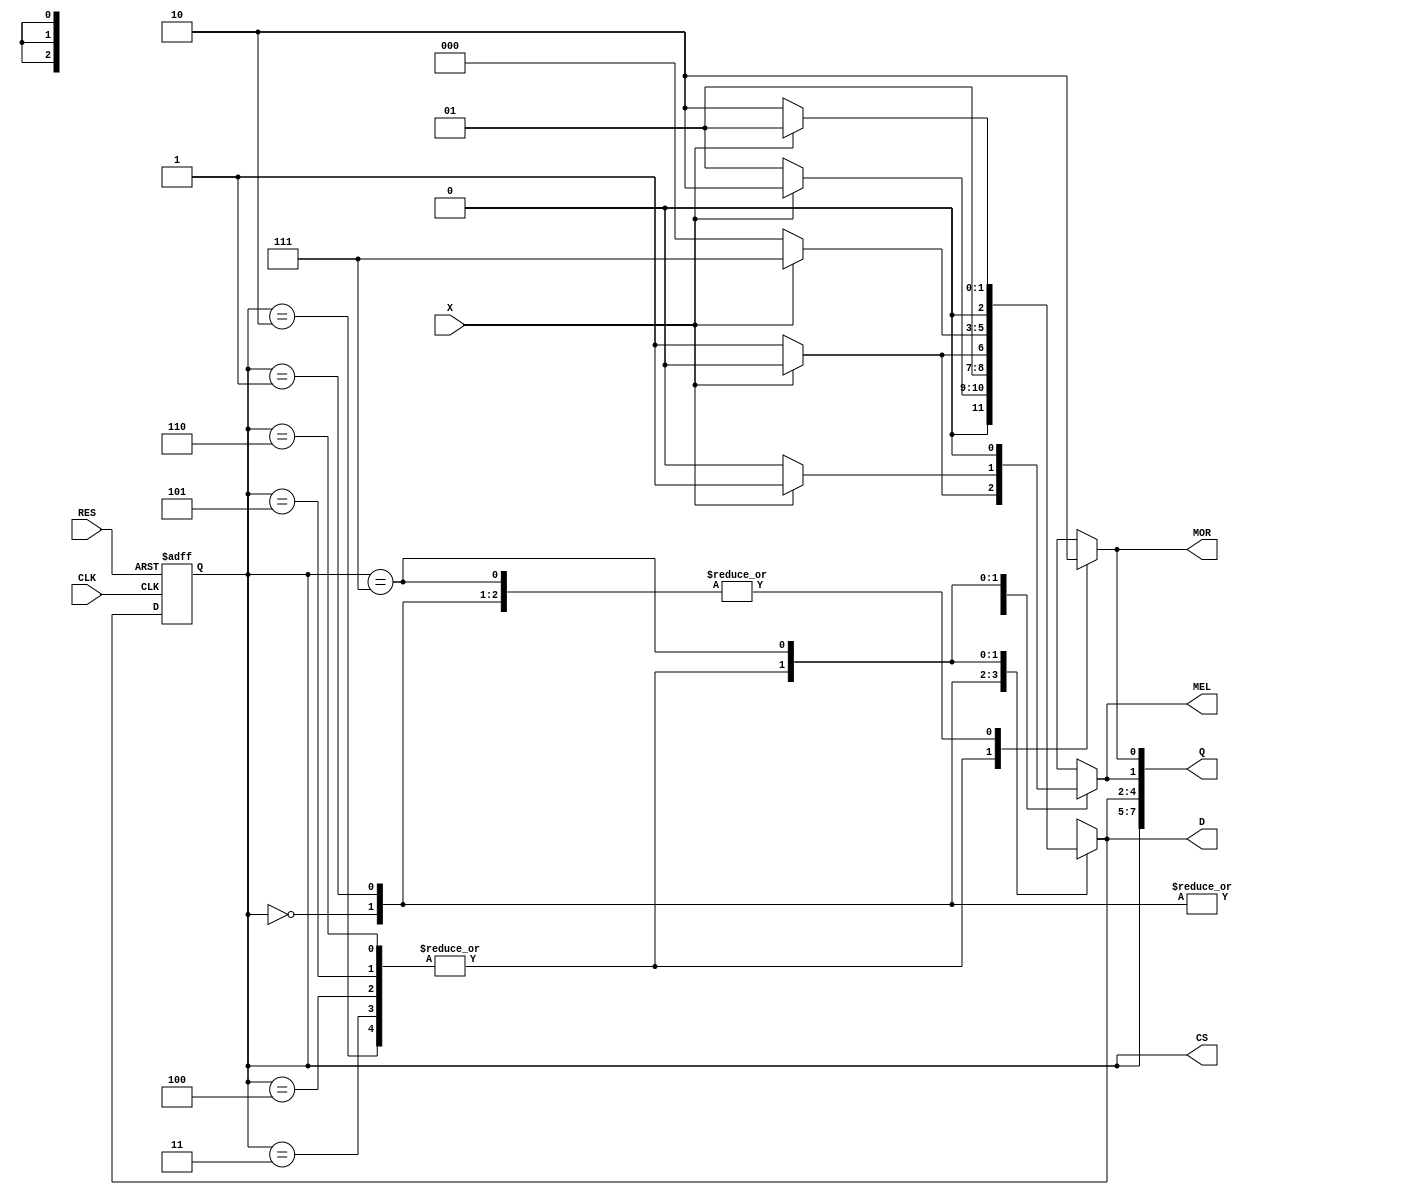
module lab5part2 (X,RES,CLK,MOR,MEL,Q,CS,D);
	input X,RES,CLK;
	output reg MOR,MEL;
	
	output [7:0] Q;
	output reg [2:0] CS,D;
	
	parameter s7 = 3'b111, s6=3'b110, s5=3'b101, s4=3'b100, s3=3'b011, s2=3'b010, s1=3'b001, s0=3'b000;
	
	always@ (X or CS)
	begin 	
		case(CS)
		s0 : begin 
					MOR <= 0;
					if (X==1)
					begin 
						D <= s2;
						MEL <= 0;
					end
					else begin 
						D <= s1;
						MEL <= 1;
					end
		end 
		s1 : begin 
					MOR <= 0;
					if(X==1)
					begin 
						MEL <= 0;
						D <= s2;
					end 
					else begin 
						MEL <= 1;
						D <= s3;
					end 
		end 
		s2 : begin 
					MOR <= 1;
					if(X==1)
					begin 
						MEL <= 1;
						D <= s7;
					end
					else begin 
						MEL <= 0;
						D <= s0;
					end
		end 
		s3 : begin 
					MOR <= 1;
					if(X==1)
					begin 
						MEL <= 1;
						D <= s7;
					end
					else begin
						MEL <= 0;
						D <= s0;
					end 
		end 
		s4 : begin 
			MOR <= 1;
					if(X==1)
					begin 
						MEL <= 1;
						D <= s7;
					end 
					else begin 
						MEL <= 0;
						D <= s0;
					end 
		end 
		s5 : begin 
					MOR <= 1;
					if(X==1)
					begin 
						MEL <= 1;
						D <= s7;
					end 
					else begin
						MEL <= 0;
						D <= s0;
					end 
		end 
		s6 : begin  
					MOR <= 1;
					if(X==1)
					begin 
						MEL <=1;
						D <= s7;
					end 
					else begin
						MEL <= 0;
						D <= s0;
					end
		end 
		s7 : begin
					MOR <= 0;
					if(X==1)
					begin
						MEL <= 0;
						D <= s1;
					end 
					else begin 
						MEL <= 0;
						D <= s2;
					end
		end 
		endcase 
end 		
	always@(posedge CLK or negedge RES)
	begin
		if (RES == 0)
			CS <= s4;
		else 
			CS <= D;
	end 
	assign Q[7:5] = CS;
	assign Q[4:2] = D;
	assign Q[1] = MEL;
	assign Q[0] = MOR;
endmodule